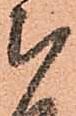
被